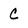
Character: C